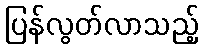
ပြန်လွတ်လာသည့်